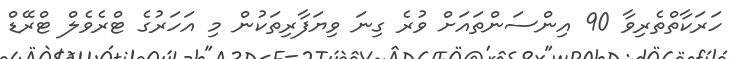
ހަރަކާތްތެރިވާ 90 އިންސަންތައަށް ވުރެ ގިނަ ވިޔަފާރިތަކުން މި އަހަރުގެ ޓްރެވެލް ޓްރޭޑް